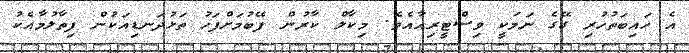
އެ ހައިބަތުހުރި ގޭގެ ނަމަކީ ވިސްޓީރިއާއެވެ. މިކާލް ކާރުން ފޭބުމަށްފަހު ތަޅުދަނޑިއަކުން ފިތާލުމާއެކު